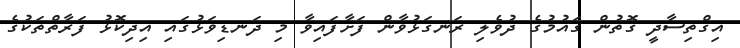
އިގްތިސާދީ ގޮތުން ގައުމުގެ ދުވެލި ރަނގަޅުވާން ފަށާފައިވާ މި ދަނޑިވަޅުގައި އިދިކޮޅު ފަރާތްތަކުގެ